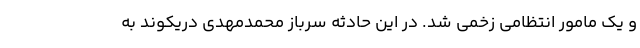
و یک مامور انتظامی زخمی شد. در این حادثه سرباز محمدمهدی دریکوند به